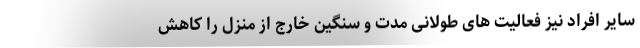
سایر افراد نیز فعالیت های طولانی مدت و سنگین خارج از منزل را کاهش